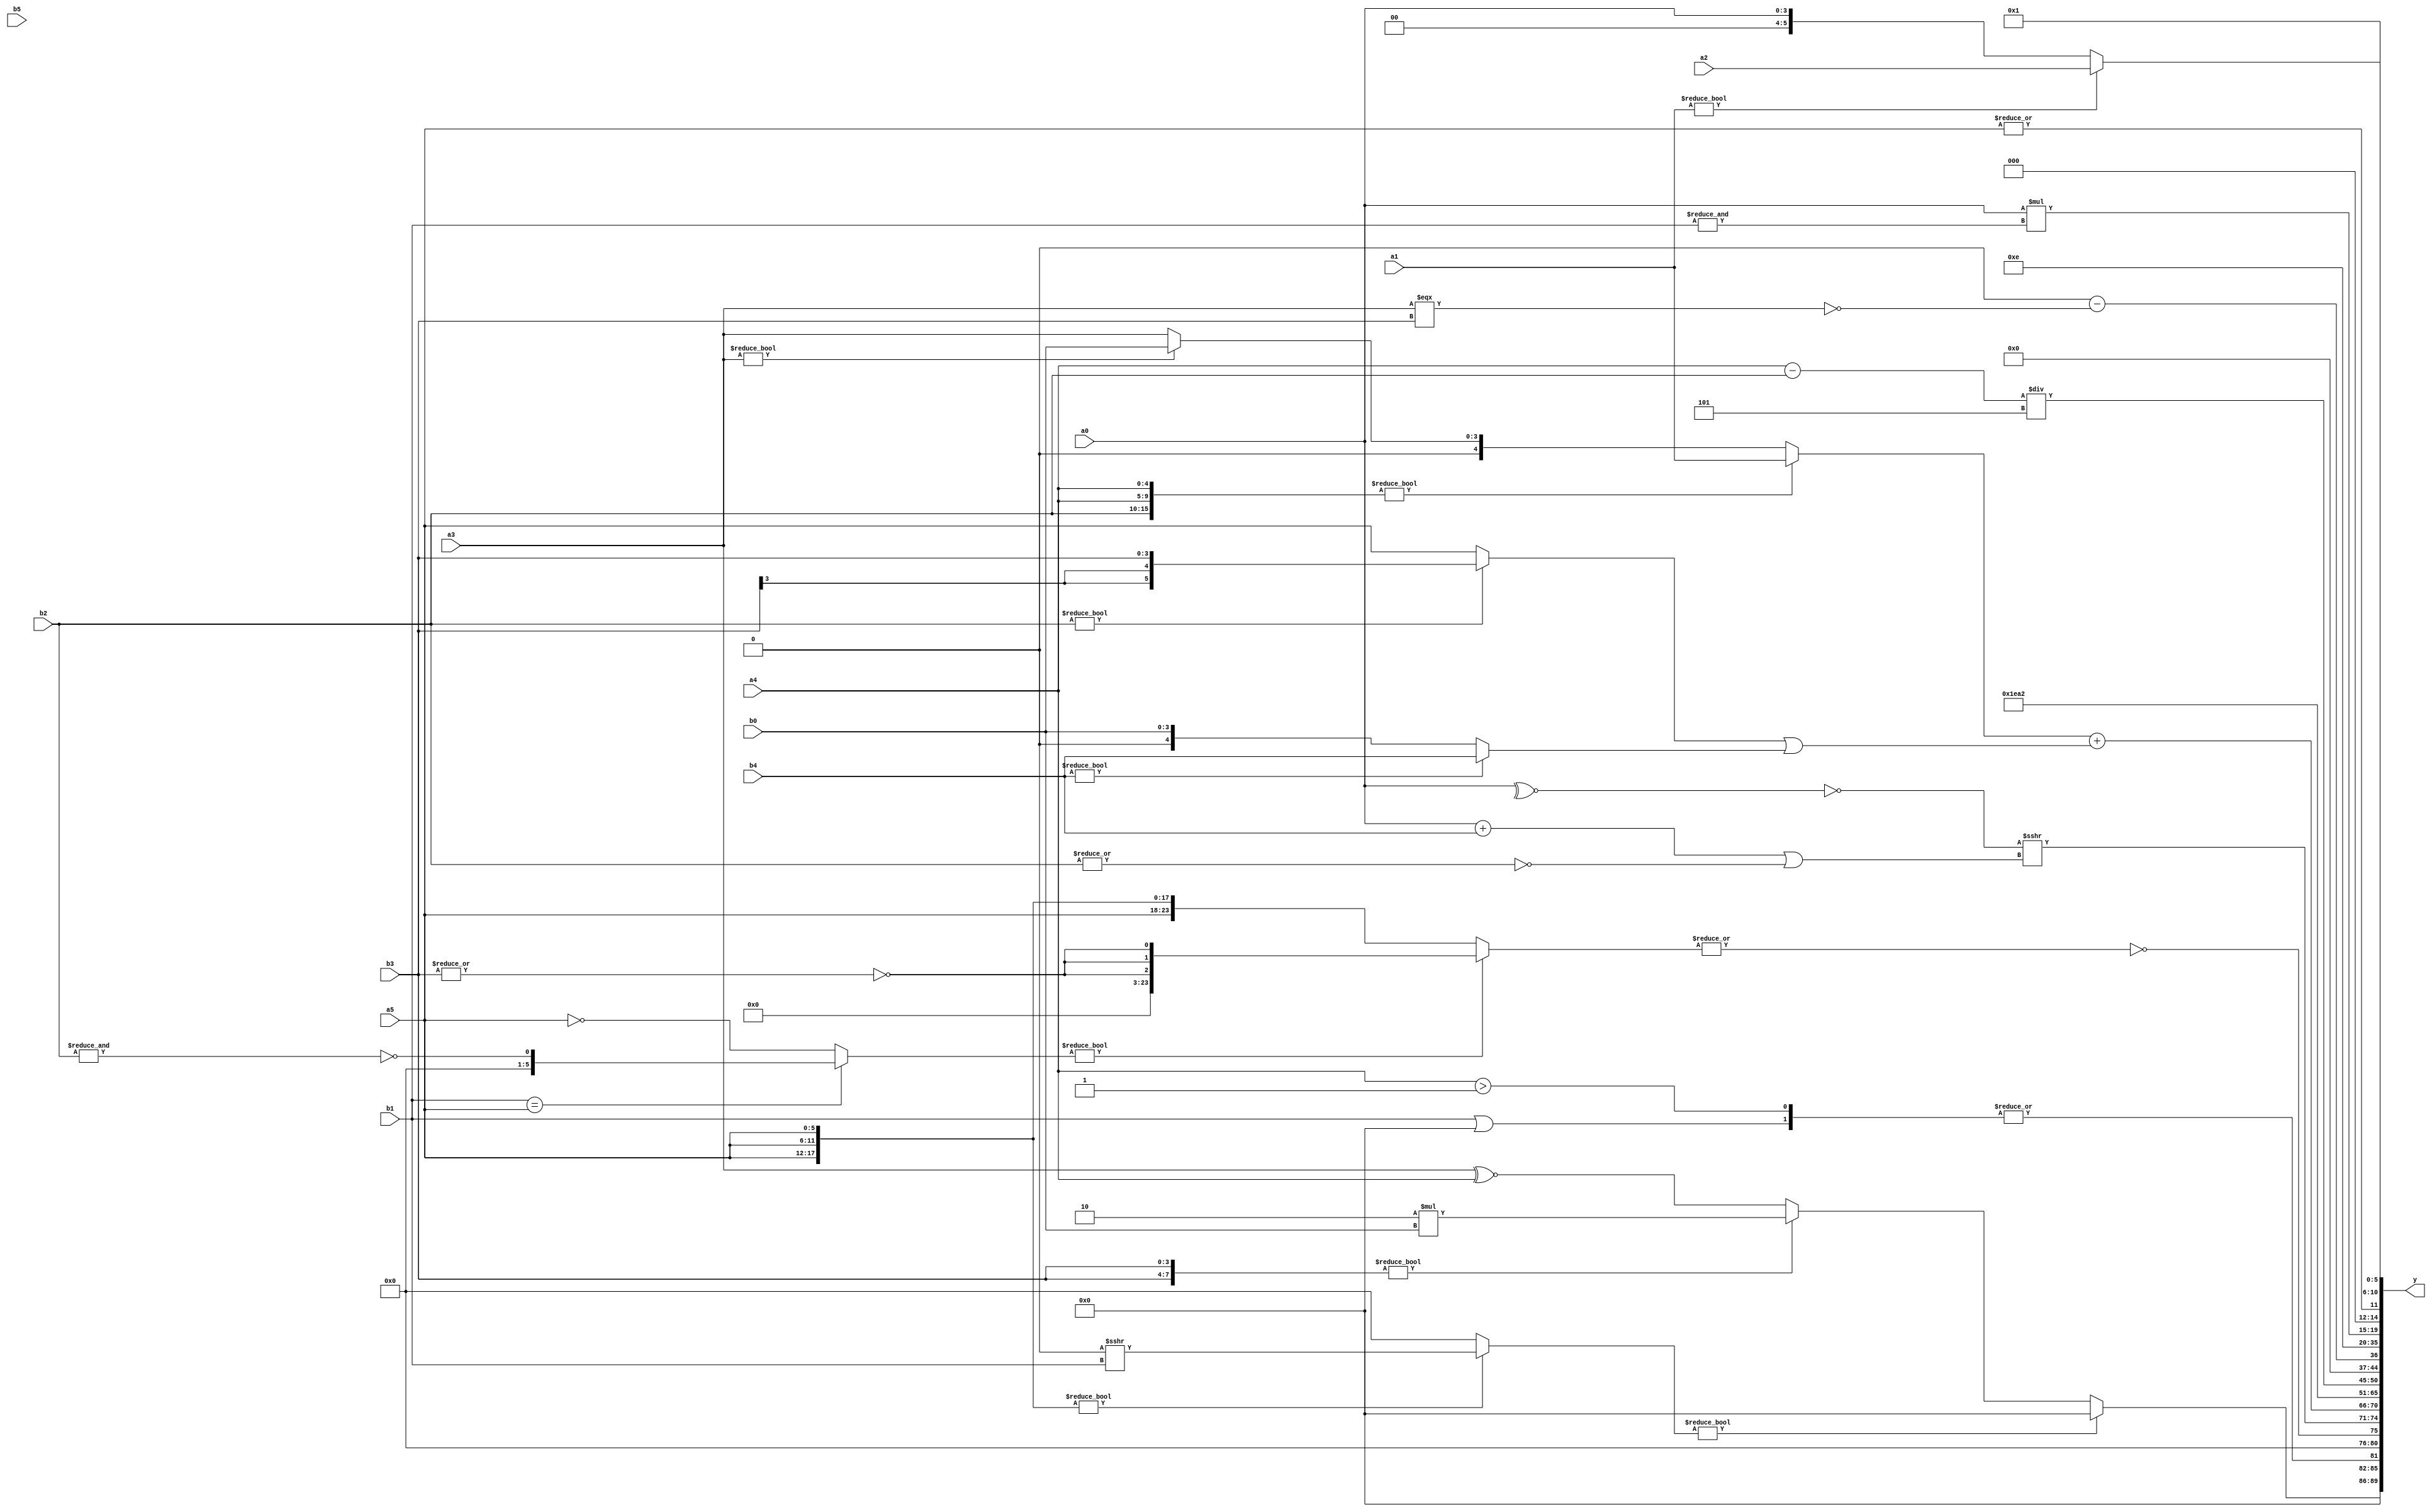
module expression_00158(a0, a1, a2, a3, a4, a5, b0, b1, b2, b3, b4, b5, y);
  input [3:0] a0;
  input [4:0] a1;
  input [5:0] a2;
  input signed [3:0] a3;
  input signed [4:0] a4;
  input signed [5:0] a5;

  input [3:0] b0;
  input [4:0] b1;
  input [5:0] b2;
  input signed [3:0] b3;
  input signed [4:0] b4;
  input signed [5:0] b5;

  wire [3:0] y0;
  wire [4:0] y1;
  wire [5:0] y2;
  wire signed [3:0] y3;
  wire signed [4:0] y4;
  wire signed [5:0] y5;
  wire [3:0] y6;
  wire [4:0] y7;
  wire [5:0] y8;
  wire signed [3:0] y9;
  wire signed [4:0] y10;
  wire signed [5:0] y11;
  wire [3:0] y12;
  wire [4:0] y13;
  wire [5:0] y14;
  wire signed [3:0] y15;
  wire signed [4:0] y16;
  wire signed [5:0] y17;

  output [89:0] y;
  assign y = {y0,y1,y2,y3,y4,y5,y6,y7,y8,y9,y10,y11,y12,y13,y14,y15,y16,y17};

  localparam [3:0] p0 = {3{((4'd13)|(-5'sd2))}};
  localparam [4:0] p1 = (~|{{(-2'sd1),(-2'sd0)},{(3'sd2),(2'd2),(3'd7)},{(-2'sd0),(-5'sd14)}});
  localparam [5:0] p2 = ((3'd1)>=((^((2'sd1)^(-2'sd1)))>>(5'd12)));
  localparam signed [3:0] p3 = {2{{2{(-3'sd0)}}}};
  localparam signed [4:0] p4 = ((((5'sd2)>>>(2'd1))^~(&(-(5'sd10))))^(-4'sd5));
  localparam signed [5:0] p5 = (((5'd7)>=(-2'sd1))?((3'd3)?(4'd3):(2'sd0)):((5'd21)?(4'd0):(-2'sd0)));
  localparam [3:0] p6 = (~|((5'sd15)?(-5'sd6):(2'd2)));
  localparam [4:0] p7 = {{4{{(5'sd11),(3'd6),(5'sd12)}}},(|(2'd2))};
  localparam [5:0] p8 = ((-4'sd3)<<(-2'sd1));
  localparam signed [3:0] p9 = ((3'd2)&(-4'sd1));
  localparam signed [4:0] p10 = (~|{((5'sd3)?(-3'sd3):(3'sd1))});
  localparam signed [5:0] p11 = ((2'd0)<<(3'd6));
  localparam [3:0] p12 = ((5'd13)>>(5'sd2));
  localparam [4:0] p13 = {((-4'sd4)&&{(3'sd0)}),(~|{(-(4'sd7))})};
  localparam [5:0] p14 = (^({(3'd4),(5'sd15),(2'd3)}!=={(+(3'd3)),(!(3'd3))}));
  localparam signed [3:0] p15 = ((-(+((-2'sd1)|(-2'sd0))))&&(((4'sd1)>(-2'sd1))<=((5'd28)==(5'd5))));
  localparam signed [4:0] p16 = ((2'd3)>(3'sd0));
  localparam signed [5:0] p17 = (((4'd1)>=(3'sd3))?(3'd3):((3'd4)==(4'sd0)));

  assign y0 = (({3{a5}}?(p13>>>b1):{1{p15}})?({{p2,p11}}>{4{p14}}):({2{b3}}?(4'd2 * b0):(a3^~a4)));
  assign y1 = ((|{1{(5'sd10)}})^(~|(|{1{{(|(b1||p3)),(a4>p2)}}})));
  assign y2 = (^{1{(~|(((b1==a5)?(~&b2):(~a5))?{3{(~|b3)}}:{4{a5}}))}});
  assign y3 = ((&(-(~$signed((~^$signed(a0))))))>>>(-((a0+b4)||(~&(|b2)))));
  assign y4 = ($unsigned(({b2,a4,a4}?(p12?a1:a3):(a3?b0:a3)))+{($signed($unsigned((((b2?b3:a5)||(b4?b4:b0))))))});
  assign y5 = {3{(p4?p0:a5)}};
  assign y6 = (+(-(5'd27)));
  assign y7 = (+(((p12<=p15)<<(-5'sd1))^(+(3'sd2))));
  assign y8 = ((a4-b2)/p4);
  assign y9 = (&({p11,p4,p1}+(~^p10)));
  assign y10 = ((^($unsigned((~&(^($unsigned(p9)))))-(~^((a3)===$unsigned(b3))))));
  assign y11 = $signed(p5);
  assign y12 = {p10,p17};
  assign y13 = {3{(~&{(~^p5),(p8&&p6),(b4>=p8)})}};
  assign y14 = ((p13?p16:a0)*(&$signed(b1)));
  assign y15 = (~|{2{(~|{2{(+{3{a5}})}})}});
  assign y16 = (({2{p4}}?(~p13):{4{p2}})?(~|((~p2)?{3{p13}}:(p9?p13:p12))):(!((p5-p6)^(p17?p13:p8))));
  assign y17 = (a1?a2:a0);
endmodule